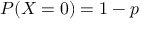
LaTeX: P ( X = 0 ) = 1 - p